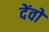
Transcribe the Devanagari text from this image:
देंवों